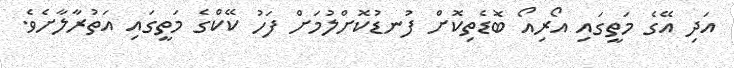
އަދި އޭގެ މަތީގައި އޯރިއޯ ބޮޑެތިކޮށް ފުނޑުކޮށްލުމަށް ފަހު ކޭކްގެ މަތީގައި އަތުރާލާށެވެ.